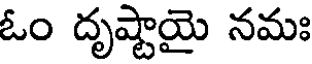
ఓం దృష్టాయై నమః